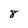
Character: 8